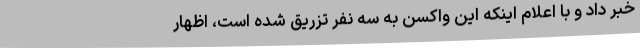
خبر داد و با اعلام اینکه این واکسن به سه نفر تزریق شده است، اظهار